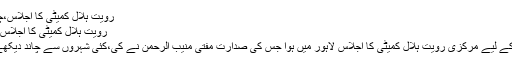
رویت ہلال کمیٹی کا اجلاس،چاند نظر آنے کی شہادتیں موصول -
رویت ہلال کمیٹی کا اجلاس،چاند نظر آنے کی شہادتیں موصول
کراچی: عید الفطر کا چاند دیکھنے کے لیے مرکزی رویت ہلال کمیٹی کا اجلاس لاہور میں ہوا جس کی صدارت مفتی منیب الرحمن نے کی،کئی شہروں سے چاند دیکھے جانے کی شہادتیں موصول ہوئیں۔